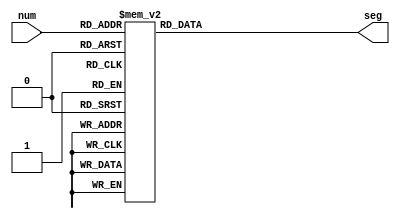
// 7-segment encoding
//      0
//     ---
//  5 |   | 1
//     --- <--6
//  4 |   | 2
//     ---
//      3
module sevenSeg(
    input [3:0]num,
    output reg [6:0]seg
    );
always @(num)
begin
      case (num)
          4'b0001 : seg = 7'b1001111;   // 1, editted to enable 4th and 5th segment instead of 1st and 2nd
          4'b0010 : seg = 7'b1111011;   // 2
          4'b0011 : seg = 7'b1110111;   // 3
          4'b0100 : seg = 7'b1101111;   // 4
          4'b0101 : seg = 7'b1011111;   // 5
          4'b0110 : seg = 7'b0111111;   // 6
          4'b0111 : seg = 7'b1111000;   // 7
          4'b1000 : seg = 7'b0000000;   // 8
          4'b1001 : seg = 7'b0010000;   // 9
          4'b1010 : seg = 7'b0001000;   // A
          4'b1011 : seg = 7'b0000011;   // b
          4'b1100 : seg = 7'b1000110;   // C
          4'b1101 : seg = 7'b0100001;   // d
          4'b1110 : seg = 7'b0000110;   // E
          4'b1111 : seg = 7'b0001110;   // F
          default : seg = 7'b1111110;   // 0
      endcase
      end
     endmodule